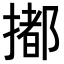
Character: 𢵋